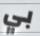
بي